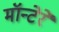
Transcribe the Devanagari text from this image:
मॉन्टेरे